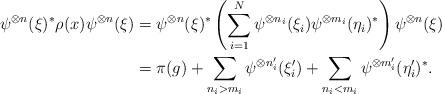
LaTeX: \begin{align*}\psi^{\otimes n} (\xi)^* \rho(x) \psi^{\otimes n} (\xi) &= \psi^{\otimes n} (\xi)^* \left( \sum_{i=1}^N \psi^{\otimes n_i} (\xi_i) \psi^{\otimes m_i} (\eta_i)^* \right) \psi^{\otimes n} (\xi) \\&= \pi (g) + \sum_{n_i > m_i} \psi^{\otimes n'_i} (\xi'_i) + \sum_{n_i < m_i} \psi^{\otimes m'_i} (\eta'_i)^*. \end{align*}